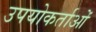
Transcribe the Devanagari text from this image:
उपयोकर्ताओं